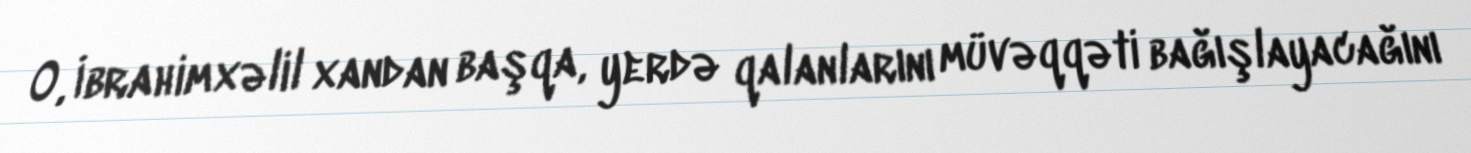
O, İbrahimxəlil xandan başqa, yerdə qalanlarını müvəqqəti bağışlayacağını